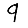
Digit: 9